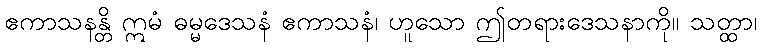
ဧကာသနန္တိ ဣမံ ဓမ္မဒေသနံ ဧကာသနံ၊ ဟူသော ဤတရားဒေသနာကို။ သတ္ထာ၊